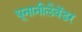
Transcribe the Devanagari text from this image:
यूनानीलैवेंडर